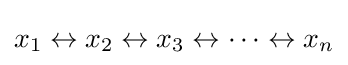
x_{1}\leftrightarrow x_{2}\leftrightarrow x_{3}\leftrightarrow \cdots \leftrightarrow x_{n}